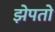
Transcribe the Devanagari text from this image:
झेपतो